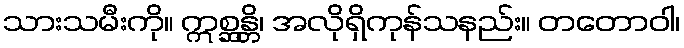
သားသမီးကို။ ဣစ္ဆန္တိ၊ အလိုရှိကုန်သနည်း။ တတောဝါ၊